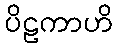
ပိဠကာဟိ